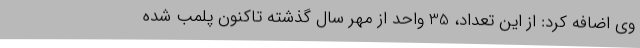
وی اضافه کرد: از این تعداد، 35 واحد از مهر سال گذشته تاکنون پلمب شده